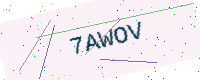
Text: 7AWOV